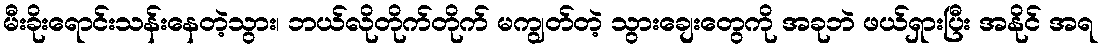
မီးခိုးရောင်းသန်းနေတဲ့သွား၊ ဘယ်လိုတိုက်တိုက် မကျွတ်တဲ့ သွားချေးတွေကို အခုဘဲ ဖယ်ရှားပြီး အနိုင် အရ